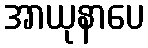
အာယုနာပေ